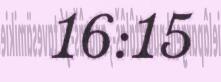
16:15